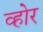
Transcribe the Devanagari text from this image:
व्होर